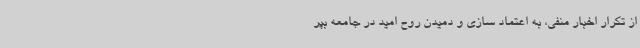
از تکرار اخبار منفی، به اعتماد سازی و دمیدن روح امید در جامعه بپر